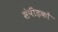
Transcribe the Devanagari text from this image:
संपीड़कों